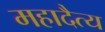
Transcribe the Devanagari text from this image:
महादैत्य